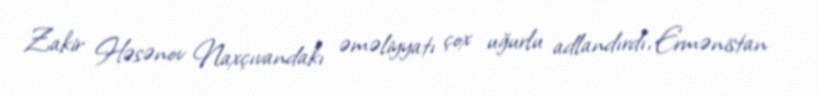
Zakir Həsənov Naxçıvandakı əməliyyatı çox uğurlu adlandırdı, Ermənistan